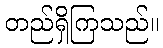
တည်ရှိကြသည်။